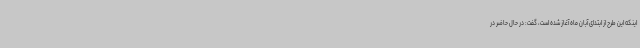
اینکه این طرح از ابتدای آبان ماه آغاز شده است، گفت: در حال حاضر در